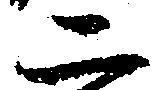
二